Scottish Leaving Certificate Examination, 1958
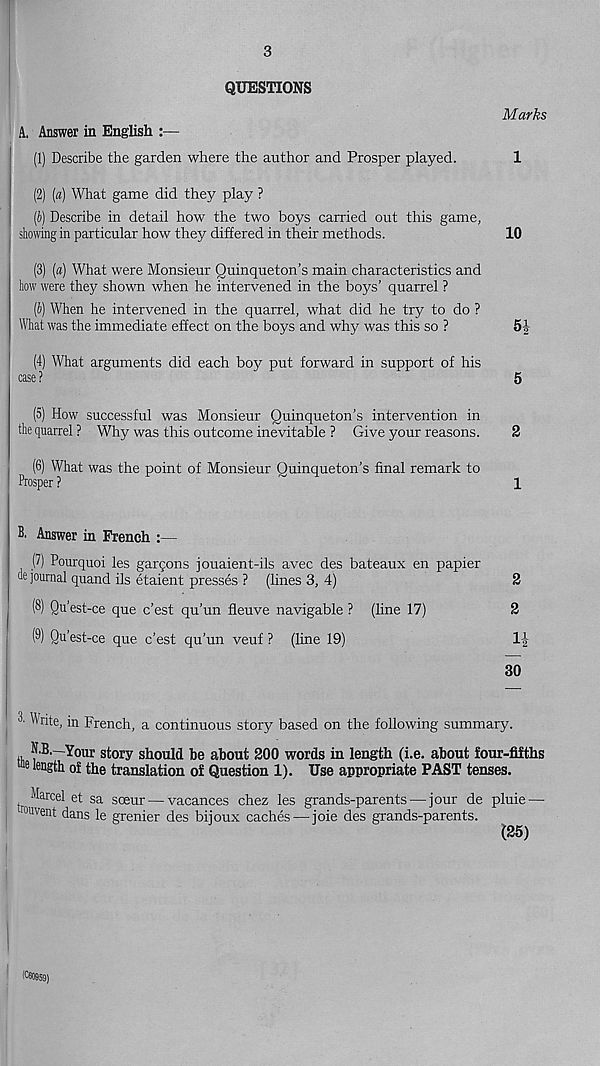
3
QUESTIONS
A. Answer in English :—
(1) Describe the garden where the author and Prosper played.
(2) [a) What game did they play ?
(6) Describe in detail how the two boys carried out this game,
showing in particular how they differed in their methods.
Marks
1
10
(3) [a] What were Monsieur Quinqueton’s main characteristics and
how were they shown when he intervened in the boys’ quarrel ?
(h) When he intervened in the quarrel, what did he try to do ?
What was the immediate effect on the boys and why was this so ?
5|
(4) What arguments did each boy put forward in support of his
case?
5
(5) How successful was Monsieur Quinqueton’s intervention in
the quarrel ? Why was this outcome inevitable ? Give your reasons.
2
(6) What was the point of Monsieur Ouinqueton’s final remark to
Prosper ?
1
B. Answer in French :—
(7) Pourquoi les gargons jouaient-ils avec des bateaux en papier
ue journal quand ils etaient presses ? (lines 3, 4)
2
(8) Qu’est-ce que c’est qu’un fleuve navigable ? (line 17)
2
(9) Qu’est-ce que c’est qu’un veuf ? (line 19)
1|
30
Write, in French, a continuous story based on the following summary.
Your story should be about 200 words in length (i.e. about four-fifths
of the translation of Question 1). Use appropriate PAST tenses.
Marcel et sa
tr°u vent dans le
soeur — vacances chez les grands-parents — jour de
grenier des bijoux caches — joie des grands-parents.
pluie —
(25)